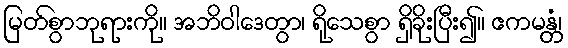
မြတ်စွာဘုရားကို။ အဘိဝါဒေတွာ၊ ရိုသေစွာ ရှိခိုးပြီး၍။ ဧကမန္တံ၊